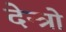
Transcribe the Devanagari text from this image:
देन्त्रो